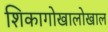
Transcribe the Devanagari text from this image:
शिकागोखालोखाल